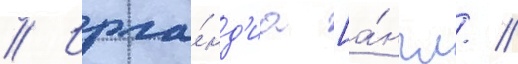
// Ирла́нд'иа [а́нгл. //